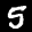
Label: 5